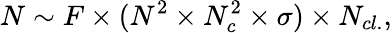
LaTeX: N\sim F\times(N^{2}\times N_{c}^{2}\times\sigma)\times N_{cl.},